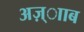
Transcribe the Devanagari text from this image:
अज़्ााब